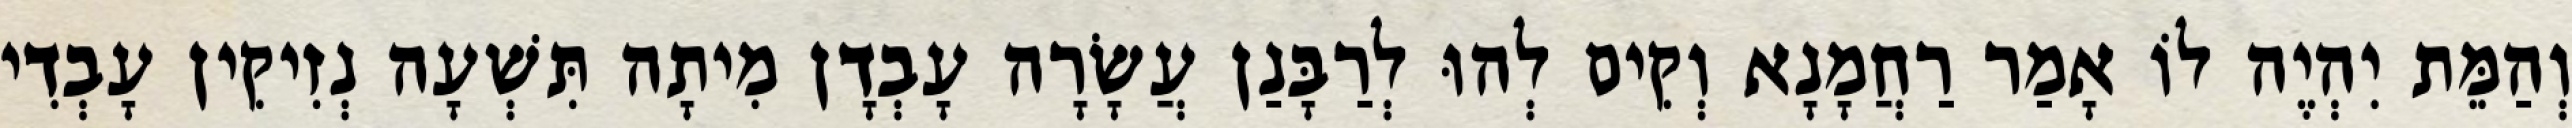
וְהַמֵּת יִהְיֶה לוֹ אָמַר רַחֲמָנָא וְקִים לְהוּ לְרַבָּנַן עֲשָׂרָה עָבְדָן מִיתָה תִּשְׁעָה נְזִיקִין עָבְדִי